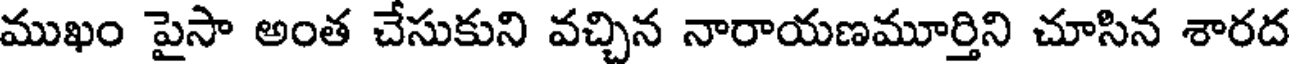
ముఖం పైసా అంత చేసుకుని వచ్చిన నారాయణమూర్తిని చూసిన శారద